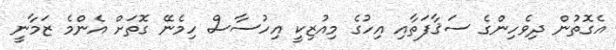
އެގޮތުން ދިވެހިންގެ ސަޤާފަތާއި އިހުގެ މިއުޒިކީ އިހުސާސް ހިމެނޭ ގޮތަށް އެންމެ ޒަމާނީ